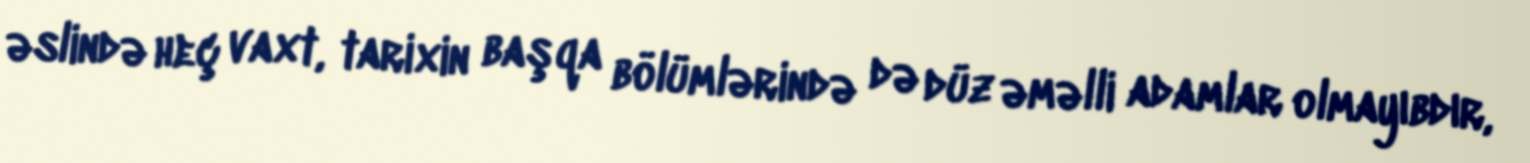
əslində heç vaxt, tarixin başqa bölümlərində də düz əməlli adamlar olmayıbdır,